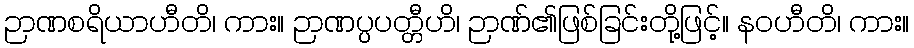
ဉာဏစရိယာဟီတိ၊ ကား။ ဉာဏပ္ပပတ္တီဟိ၊ ဉာဏ်၏ဖြစ်ခြင်းတို့ဖြင့်။ နဝဟီတိ၊ ကား။